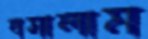
বসালাম